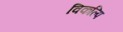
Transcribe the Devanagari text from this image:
विकल्पि